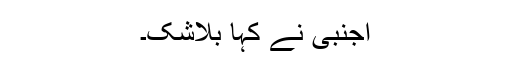
اجنبی نے کہا بلاشک۔